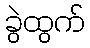
ခွဲထွက်